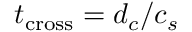
t _ { \mathrm { c r o s s } } = d _ { c } / c _ { s }